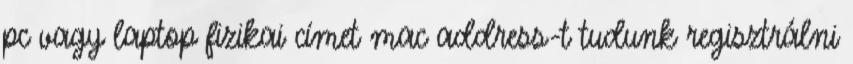
pc vagy laptop fizikai címet mac address-t tudunk regisztrálni